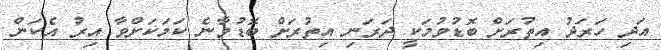
އަދި ހަރަދު އިތުރަށް ބޮޑުވުމަކީ ދަރަނި އިތުރަށް ބޮޑުވާނެ ކަމަކަށްވާ އިރު އެކަން